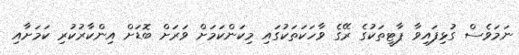
ނަމަވެސް ގުޅިފައިވާ ޕާޓީތަކުގެ ރޭގެ ވާހަކަތަކުގައި މިކަންކަމަށް ވަރަށް ބޮޑަށް އިންކާރުކުރި ކަމަށާއި